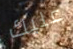
عليك